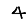
Digit: 4